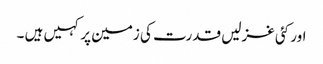
اور کئی غزلیں قدرت کی زمین پر کہیں ہیں ۔